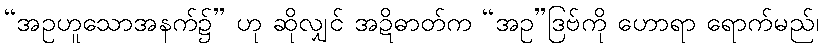
“အဥဟူသောအနက်၌” ဟု ဆိုလျှင် အဍိဓာတ်က “အဥ”ဒြဗ်ကို ဟောရာ ရောက်မည်၊